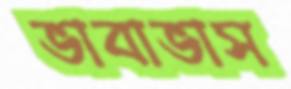
ভাবাভাস